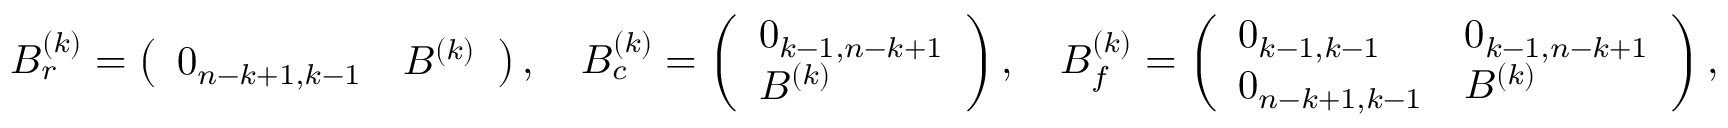
B _ { r } ^ { ( k ) } = \left( \begin{array} { l l } { 0 _ { n - k + 1 , k - 1 } } & { B ^ { ( k ) } } \end{array} \right) , \quad B _ { c } ^ { ( k ) } = \left( \begin{array} { l } { 0 _ { k - 1 , n - k + 1 } } \\ { B ^ { ( k ) } } \end{array} \right) , \quad B _ { f } ^ { ( k ) } = \left( \begin{array} { l l } { 0 _ { k - 1 , k - 1 } } & { 0 _ { k - 1 , n - k + 1 } } \\ { 0 _ { n - k + 1 , k - 1 } } & { B ^ { ( k ) } } \end{array} \right) ,